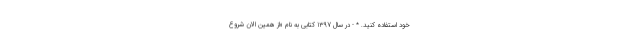
خود استفاده کنید. * - در سال 1397 کتابی به نام «از همین الان شروع